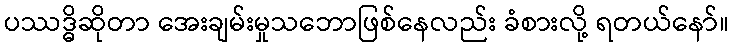
ပဿဒ္ဓိဆိုတာ အေးချမ်းမှုသဘောဖြစ်နေလည်း ခံစားလို့ ရတယ်နော်။